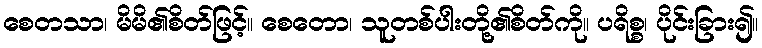
စေတသာ၊ မိမိ၏စိတ်ဖြင့်။ စေတော၊ သူတစ်ပါးတို့၏စိတ်ကို။ ပရိစ္စ၊ ပိုင်းခြား၍။